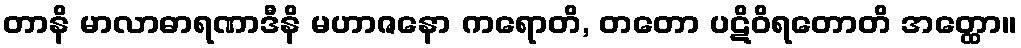
တာနိ မာလာဓာရဏာဒီနိ မဟာဇနော ကရောတိ, တတော ပဋိဝိရတောတိ အတ္ထော။